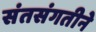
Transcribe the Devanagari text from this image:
संतसंगतीने